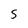
Character: 5